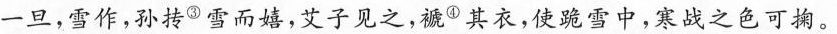
一旦，雪作，孙抟⑤雪而嬉，艾子见之，褫Φ其衣，使跪雪中，寒战之色可掬。